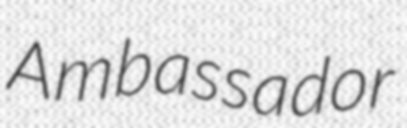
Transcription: Ambassador